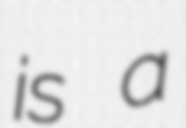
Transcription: is a